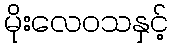
မိုးလေဝသနှင့်